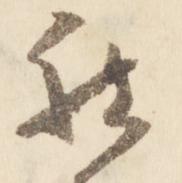
被